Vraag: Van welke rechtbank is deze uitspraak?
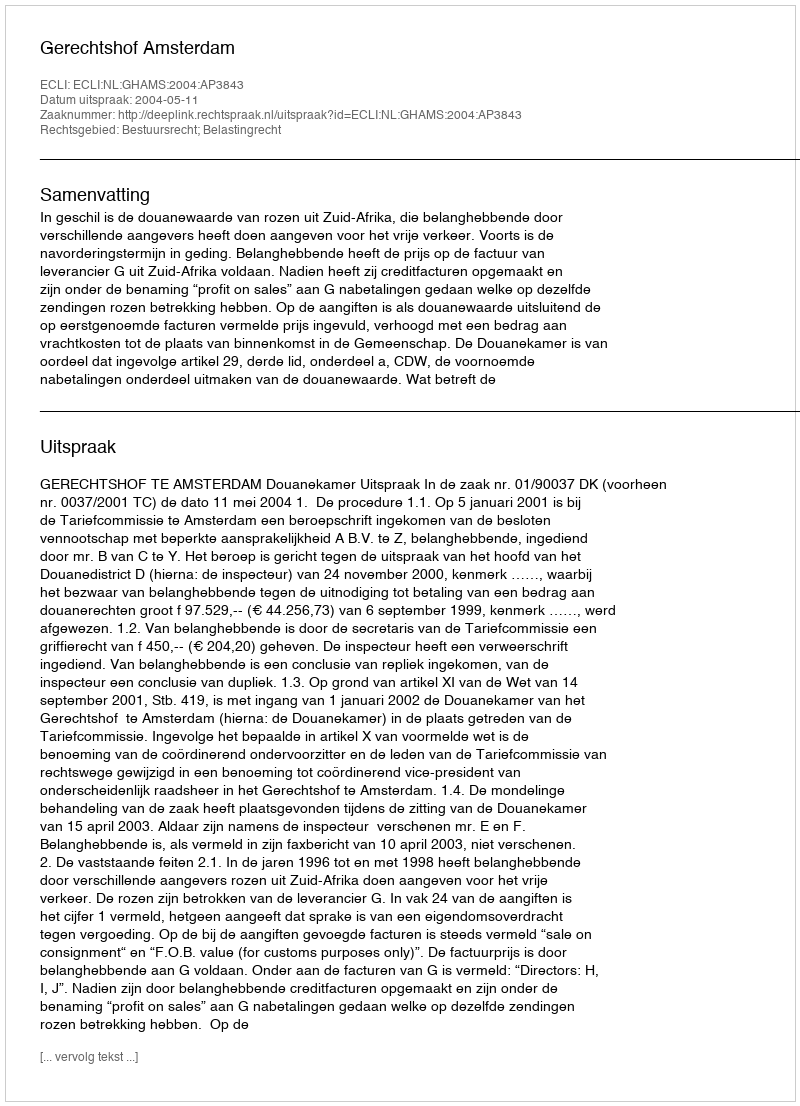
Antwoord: Gerechtshof Amsterdam